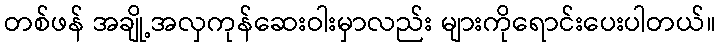
တစ်ဖန် အချို့အလှကုန်ဆေးဝါးမှာလည်း များကိုရောင်းပေးပါတယ်။